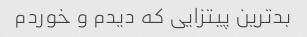
بدترین پیتزایی که دیدم و خوردم